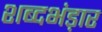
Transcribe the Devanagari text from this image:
शब्दभंड़ार